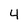
Character: 4